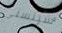
سيتسنى